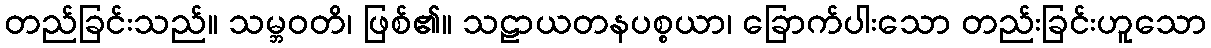
တည်ခြင်းသည်။ သမ္ဘဝတိ၊ ဖြစ်၏။ သဠာယတနပစ္စယာ၊ ခြောက်ပါးသော တည်းခြင်းဟူသော